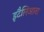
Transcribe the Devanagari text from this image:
इटैलिआना